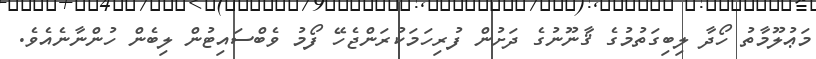
މަޢުލޫމާތު ހޯދާ ލިބިގަތުމުގެ ޤާނޫނުގެ ދަށުން ފުރިހަމަކުރަންޖެހޭ ފޯމު ވެބްސައިޓުން ލިބެން ހުންނާނެއެވެ.